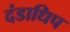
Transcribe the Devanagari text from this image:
दंडाधिप